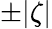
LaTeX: \pm|\zeta|